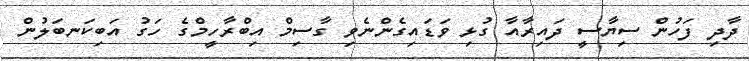
ދާދި ފަހުން ސިޔާސީ ދައިރާއާ ގުޅި ވަޑައިގެންނެވި ގާސިމް އިބްރާހީމްގެ ހަގު އަބިކަނބަލުން